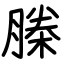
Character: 榺